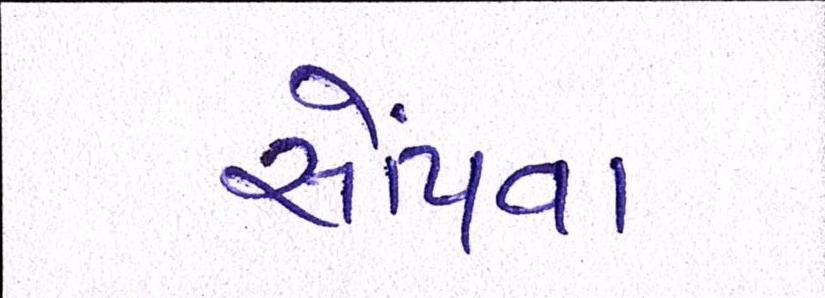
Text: સોંપવા